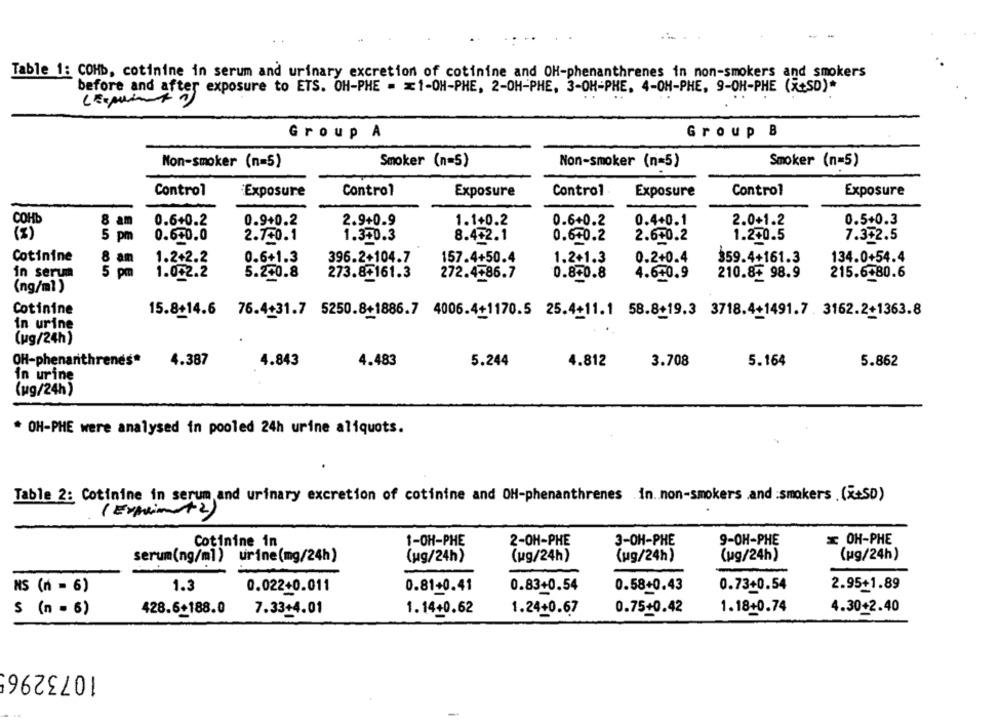
Table 1: COHb, cotinine in serum and urinary excretion of cotinine and OH-phenanthrenes in non-smokers and smokers
before and after exposure to ETS. OH-PHE = = 1-OH-PHE, 2-OH-PHE, 3-OH-PHE, 4-OH-PHE, 9-OH-PHE (+SD)*
Group A
Group B
Non-smoker (n=5)
Smoker (n=5)
Non-smoker (n=5)
Smoker (n=5)
Control
Exposure
Control
Exposure
Control
Exposure
Control
Exposure
COHb
8
am
0.6+0.2
0.9+0.2
2.9+0.9
1.1+0.2
0.6+0.2
0.4+0.1
2.0+1.2
0.5+0.3
(z)
5 pm
0.670.0
2.750.1
1.340.3
8.442.1
0.640.2
2.640.2
1.2+0.5
7.3+2.5
.b+0
Cotinine
1.2+2.2
0.6+1.3
396.2+104.7
157.4+50.4
1.2+1.3
0.2+0.4
359.4+161.3
134.0+54.4
8 am
in serum
5 pm
1.002.2
5.2+0.8
273.8+161.3
272.4+86.7
0.840.8
4.640.9
210.8€ 98.9
215.6-80.6
(ng/ml )
Cotinine
15.8+14.6
76.4+31.7 5250.8+1886.7 4006.4+1170.5 25.4+11.1 58.8+19.3 3718.4+1491.7 . 3162.2+1363.8
in urine
(ug/24h)
OH-phenarithrenes*
4.387
4.843
4.483
5.244
4.812
3.708
5.164
5.862
in urine
(kg/24h)
* OH-PHE were analysed in pooled 24h urine aliquots.
Table 2: Cotinine in serum and urinary excretion of cotinine and OH-phenanthrenes .in .. non-smokers .and :smokers .(x+SD)
( Expin+2)
Cotinine in
1-OH-PHE
2-OH-PHE
3-OH-PHE
9-OH-PHE
x OH-PHE
serum(ng/ml) urine(mg/24h)
(ug/24h)
(ug/24h)
(ug/24h)
(ug/24h)
(ug/24h)
NS (n = 6)
1.3
0.022+0.011
0.81+0.41
0.83+0.54
0.58+0.43
0.73+0.54
2.95+1.89
1.18+0.74
4.30+2.40
$ (n = 6)
428.6+188.0
7.33+4.01
1.14+0.62
1.24+0.67
0.75+0.42
10732965